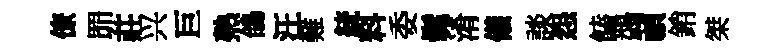
僚𦊑莊兴巨熟鴿汪難統料委髴淆儀談怨饁鷁禎銷桀